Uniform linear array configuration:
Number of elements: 12
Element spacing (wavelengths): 1
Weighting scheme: hamming
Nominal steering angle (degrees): -45
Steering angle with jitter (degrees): -44.381
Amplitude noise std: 0.05
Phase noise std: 0.05

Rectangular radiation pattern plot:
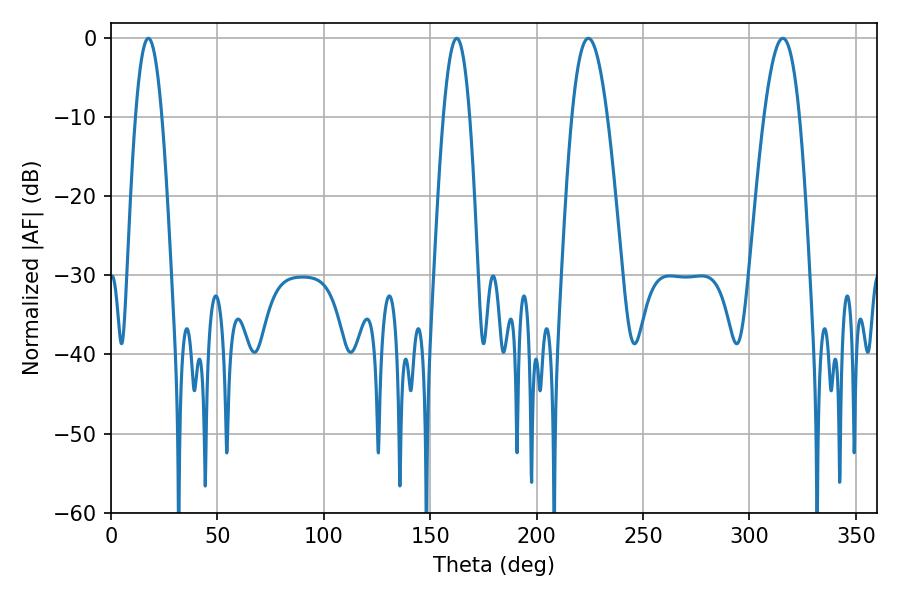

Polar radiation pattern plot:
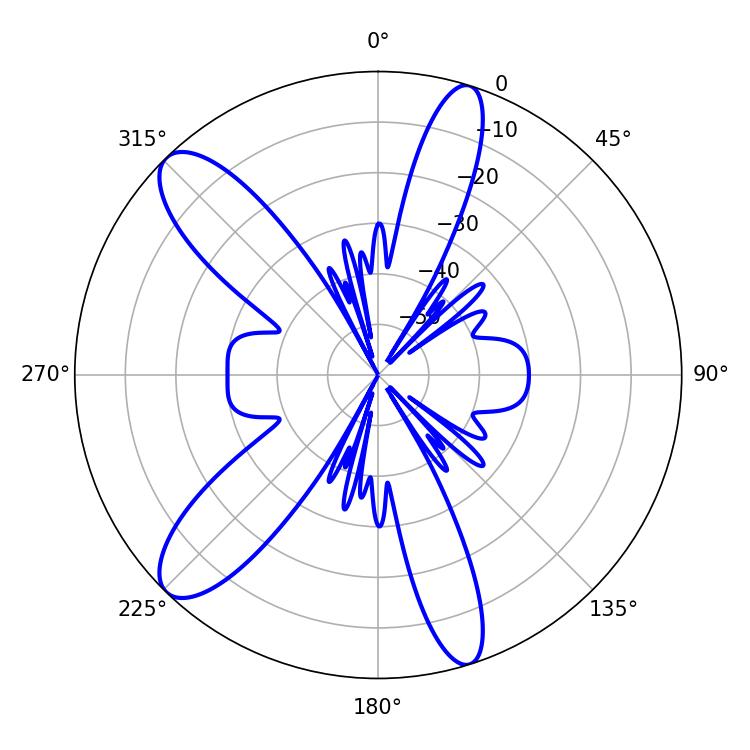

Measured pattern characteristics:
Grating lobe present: TRUE
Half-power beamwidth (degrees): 9
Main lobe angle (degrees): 315.72